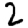
Digit: 2